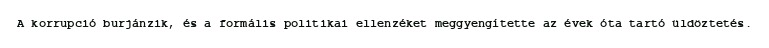
A korrupció burjánzik, és a formális politikai ellenzéket meggyengítette az évek óta tartó üldöztetés.